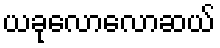
ယခုလောလောဆယ်